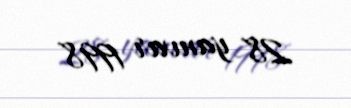
28 yanvar 1998